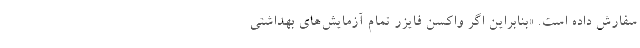
سفارش داده است. «بنابراین اگر واکسن فایزر تمام آزمایش‌های بهداشتی